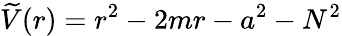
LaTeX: \widetilde{V}(r)=r^{2}-2mr-a^{2}-N^{2}